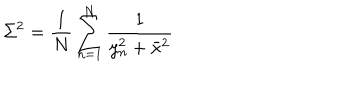
\Sigma ^ { 2 } = \frac { 1 } { N } \sum _ { n = 1 } ^ { N } \frac { 1 } { y _ { n } ^ { 2 } + \bar { x } ^ { 2 } }